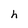
Character: h